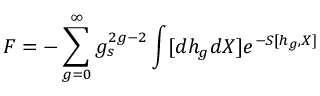
F = - \sum _ { g = 0 } ^ { \infty } g _ { s } ^ { 2 g - 2 } \int [ d h _ { g } d X ] e ^ { - S [ h _ { g } , X ] }